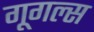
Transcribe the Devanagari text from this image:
गूगल्स